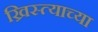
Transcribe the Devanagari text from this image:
ख्रिस्त्याच्या